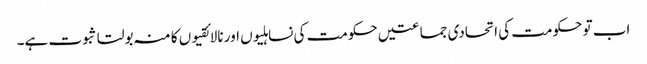
اب تو حکومت کی اتحادی جماعتیں حکومت کی نساہلیوں اور نالائقیوں کا منہ بولتا ثبوت ہے۔